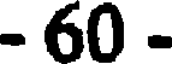
- 60 -